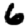
Digit: 6